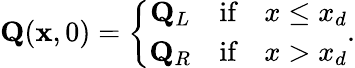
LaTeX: \mathbf{Q}(\mathbf{x},0)=\left\{ \begin{array}{ccc}{\mathbf{Q}_{L}}&{\textnormal{if}}&{x\leq x_{d}}\\ {\mathbf{Q}_{R}}&{\textnormal{if}}&{x>x_{d}}\end{array}\right..